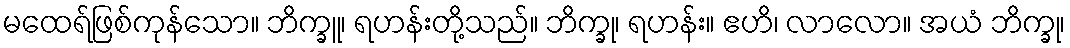
မထေရ်ဖြစ်ကုန်သော။ ဘိက္ခူ၊ ရဟန်းတို့သည်။ ဘိက္ခု၊ ရဟန်း။ ဧဟိ၊ လာလော။ အယံ ဘိက္ခု၊